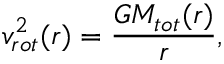
v _ { r o t } ^ { 2 } ( r ) = \frac { G M _ { t o t } ( r ) } { r } ,